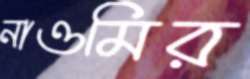
নাওমির